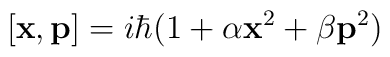
[{\bf{x}},{\bf{p}}] = i\hbar (1 + \alpha {\bf{x}}^2 + \beta {\bf{p}}^2)